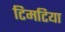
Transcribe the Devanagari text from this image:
टिमटिया